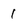
Character: 1